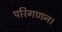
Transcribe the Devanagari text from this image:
परिगणन।